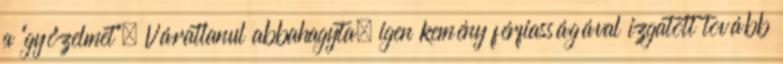
a "győzelmet". Váratlanul abbahagyta, igen kemény férfiasságával izgatott tovább